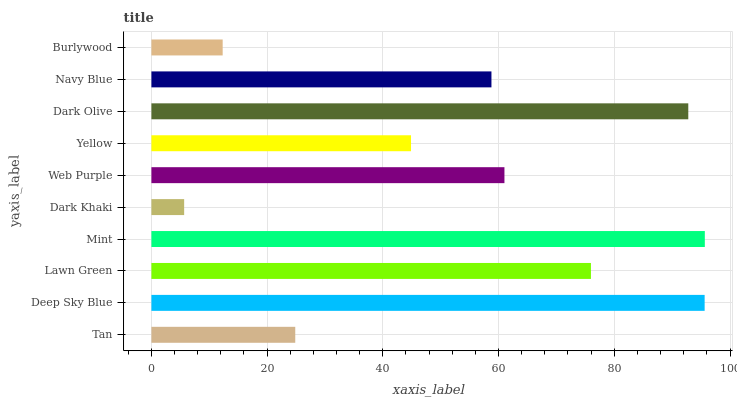
| yaxis_label | bars |
 | --- | --- |
 | Tan | 24.9 |
 | Deep Sky Blue | 95.6 |
 | Lawn Green | 76 |
 | Mint | 95.6 |
 | Dark Khaki | 5.66 |
 | Web Purple | 61 |
 | Yellow | 44.9 |
 | Dark Olive | 92.8 |
 | Navy Blue | 58.8 |
 | Burlywood | 12.3 |